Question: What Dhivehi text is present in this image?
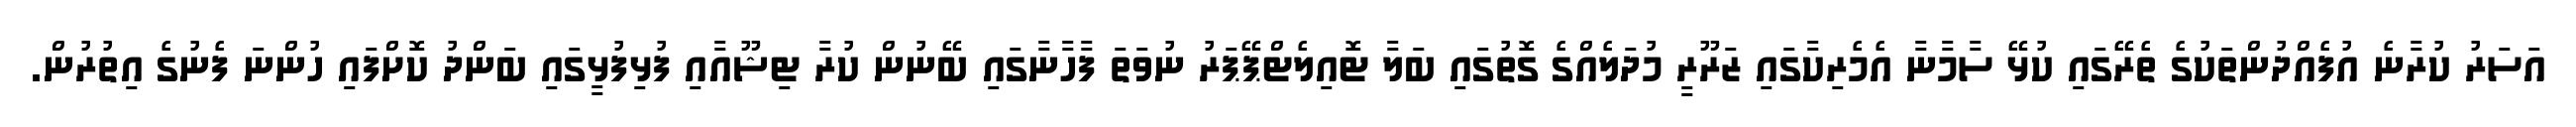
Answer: އަސަރު ކުރާނެ އުފެއްދުންތަކުގެ ތެރޭގައި ކުޅޭ ސާމާނާ އެމެރިކާގައި ޒަރޫރީ މުދަލެއްގެ ގޮތުގައި ބަލާ ޓޮއިލެޓްޕޭޕަރު ނުވަތަ ފާހާނާގައި ބޭނުން ކުރާ ޓިޝޫއާއި ފުޅިފުޅީގައި ބަންދު ކޮށްފައި ހުންނަ ފެނުގެ އިތުރުން.